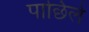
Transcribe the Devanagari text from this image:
पाछिले